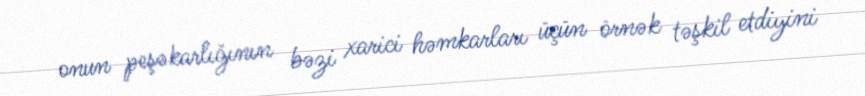
onun peşəkarlığının bəzi xarici həmkarları üçün örnək təşkil etdiyini